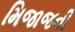
મિજાજની